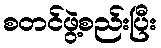
စတင်ဖွဲ့စည်းပြီး